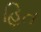
હિત